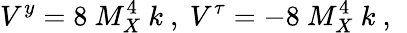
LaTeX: V^{y}=8~M_{X}^{4}~k~,~V^{\tau}=-8~M_{X}^{4}~k~,~\,